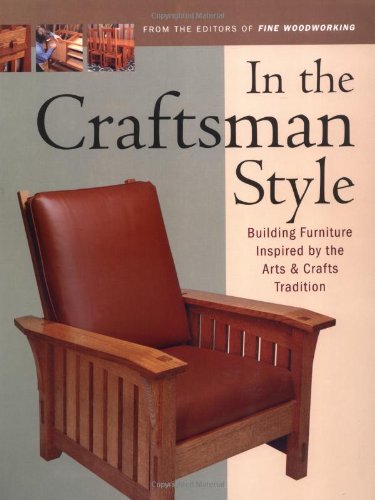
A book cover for In the Craftsman Style: Building Furniture Inspired by the Arts & Crafts T (In The Style); Editors of Fine Woodworking; Crafts, Hobbies & Home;